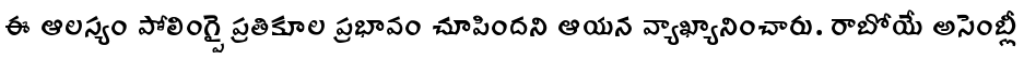
ఈ ఆలస్యం పోలింగ్పై ప్రతికూల ప్రభావం చూపిందని ఆయన వ్యాఖ్యానించారు. రాబోయే అసెంబ్లీ